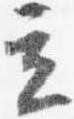
立